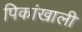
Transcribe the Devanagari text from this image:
पिकांखाली